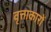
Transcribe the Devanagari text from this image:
वृत्ताकारों